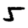
Digit: 5